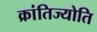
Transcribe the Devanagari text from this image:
क्रांतिज्योति